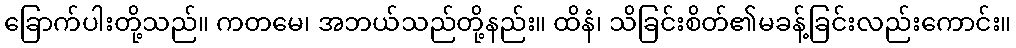
ခြောက်ပါးတို့သည်။ ကတမေ၊ အဘယ်သည်တို့နည်း။ ထိနံ၊ သိခြင်းစိတ်၏မခန့်ခြင်းလည်းကောင်း။